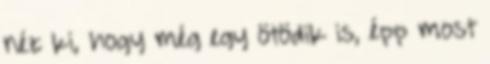
néz ki, hogy még egy ötödik is, épp most